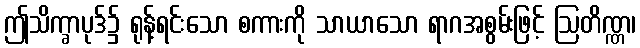
ဤသိက္ခာပုဒ်၌ ရုန့်ရင်းသော စကားကို သာယာသော ရာဂအစွမ်းဖြင့် ဩတိဏ္ဏ၊